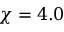
\chi = 4 . 0